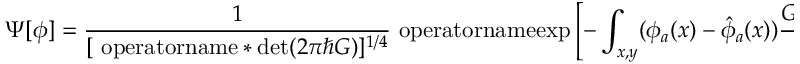
\Psi [ \phi ] = \frac { { 1 } } { [ \mathrm { \ o p e r a t o r n a m e * { d e t } } ( 2 \pi \hbar G ) ] ^ { 1 / 4 } } \mathrm { \ o p e r a t o r n a m e { e x p } } \left[ - \int _ { x , y } ( \phi _ { a } ( x ) - { \hat { \phi } } _ { a } ( x ) ) \frac { { G _ { a b } ^ { - 1 } ( x , y ) } } { 4 \hbar } ( \phi _ { b } ( y ) - { \hat { \phi } } _ { b } ( y ) ) \right] ,